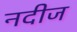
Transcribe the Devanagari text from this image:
नदीज